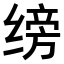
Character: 𫄰